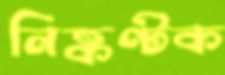
নিষ্কণ্টক